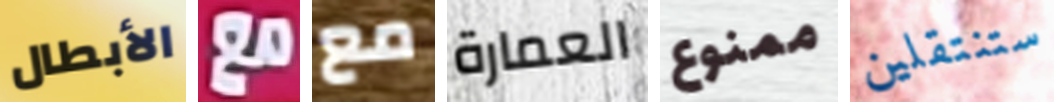
الأبطال مع مع العمارة ممنوع ستنتقلين